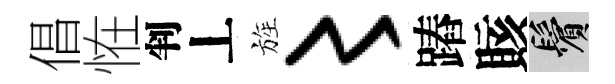
倡恠判丄旌〻蹖賅鬢